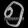
Digit: ၅